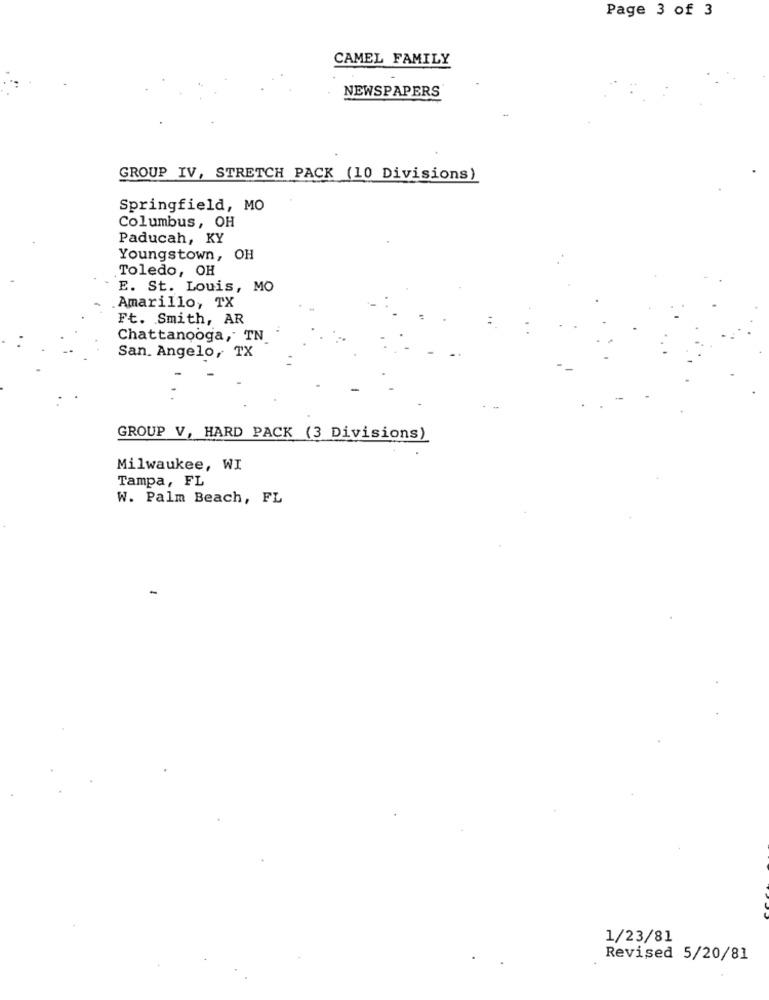
Page 3 of 3
CAMEL FAMILY
NEWSPAPERS
GROUP IV, STRETCH PACK (10 Divisions)
Springfield, MO
Columbus, OH
Paducah, KY
Youngstown, OH
Toledo, OH
E. St. Louis, MO
Amarillo, TX
Ft. Smith, AR
Chattanooga, TN
San. Angelo, TX
GROUP V, HARD PACK (3 Divisions)
Milwaukee, WI
Tampa, FL
W. Palm Beach, FL
-
1/23/81
Revised 5/20/81